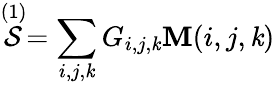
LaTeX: \stackrel{(1)}{\cal{S}}=\sum_{i,j,\mathit{k}}G_{i,j,\mathit{k}}\mathbf{M}(i,j,\mathit{k})